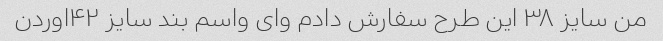
من سایز ۳۸ این طرح سفارش دادم وای واسم بند سایز ۴۲اوردن